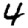
Digit: 4